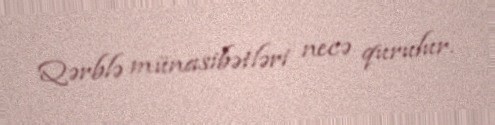
Qərblə münasibətləri necə qurulur.